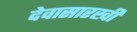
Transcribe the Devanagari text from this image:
देवासारखी